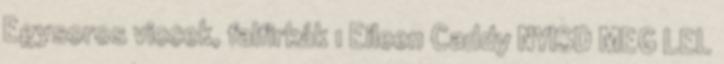
Egysoros viccek, falfirkák 1 Eileen Caddy NYISD MEG LEL